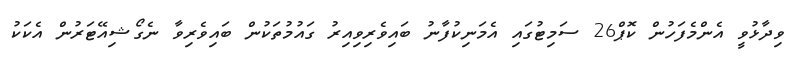
ވިދާޅުވީ އެންމެފަހުން ކޮޕް26 ސަމިޓުގައި އެމަނިކުފާނު ބައިވެރިވިއިރު ގައުމުތަކުން ބައިވެރިވާ ނެގޯޝިއޭޓަރުން އެކަކު